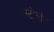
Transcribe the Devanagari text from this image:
मॅस्टोडॉन